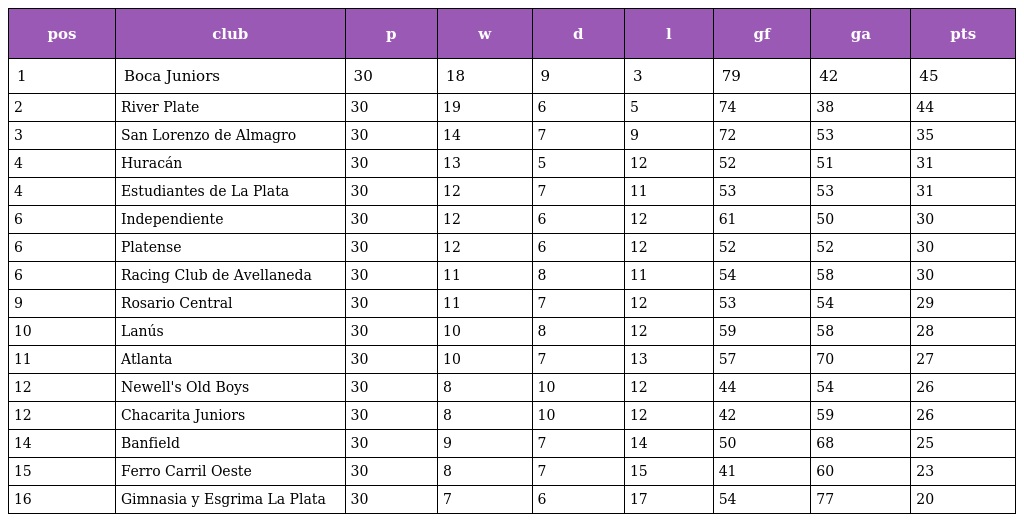
| pos | club | p | w | d | l | gf | ga | pts |
 | --- | --- | --- | --- | --- | --- | --- | --- | --- |
 | 1 | Boca Juniors | 30 | 18 | 9 | 3 | 79 | 42 | 45 |
 | 2 | River Plate | 30 | 19 | 6 | 5 | 74 | 38 | 44 |
 | 3 | San Lorenzo de Almagro | 30 | 14 | 7 | 9 | 72 | 53 | 35 |
 | 4 | Huracán | 30 | 13 | 5 | 12 | 52 | 51 | 31 |
 | 4 | Estudiantes de La Plata | 30 | 12 | 7 | 11 | 53 | 53 | 31 |
 | 6 | Independiente | 30 | 12 | 6 | 12 | 61 | 50 | 30 |
 | 6 | Platense | 30 | 12 | 6 | 12 | 52 | 52 | 30 |
 | 6 | Racing Club de Avellaneda | 30 | 11 | 8 | 11 | 54 | 58 | 30 |
 | 9 | Rosario Central | 30 | 11 | 7 | 12 | 53 | 54 | 29 |
 | 10 | Lanús | 30 | 10 | 8 | 12 | 59 | 58 | 28 |
 | 11 | Atlanta | 30 | 10 | 7 | 13 | 57 | 70 | 27 |
 | 12 | Newell's Old Boys | 30 | 8 | 10 | 12 | 44 | 54 | 26 |
 | 12 | Chacarita Juniors | 30 | 8 | 10 | 12 | 42 | 59 | 26 |
 | 14 | Banfield | 30 | 9 | 7 | 14 | 50 | 68 | 25 |
 | 15 | Ferro Carril Oeste | 30 | 8 | 7 | 15 | 41 | 60 | 23 |
 | 16 | Gimnasia y Esgrima La Plata | 30 | 7 | 6 | 17 | 54 | 77 | 20 |